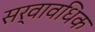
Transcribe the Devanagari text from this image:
सर्वावधिक